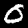
Label: 0